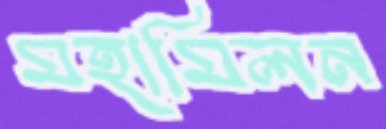
মহামিলন